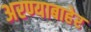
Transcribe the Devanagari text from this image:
अरण्याबाहेर